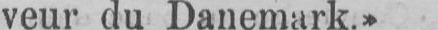
veur du Danemark.»